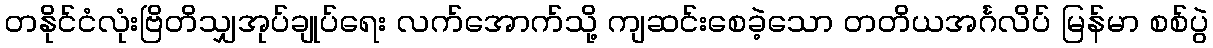
တနိုင်ငံလုံးဗြိတိသျှအုပ်ချုပ်ရေး လက်အောက်သို့ ကျဆင်းစေခဲ့သော တတိယအင်္ဂလိပ် မြန်မာ စစ်ပွဲ